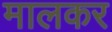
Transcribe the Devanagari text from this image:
मालकर